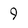
Character: 9